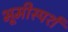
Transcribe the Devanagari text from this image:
भूमीस्पर्श